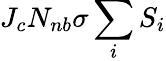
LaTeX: J_{c}N_{nb}\sigma\sum_{i}S_{i}